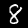
Label: 8